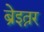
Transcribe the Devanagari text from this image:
ब्रेइत्नर